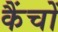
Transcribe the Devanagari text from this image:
कैंचों